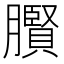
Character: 臔